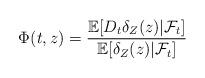
LaTeX: \begin{align*}\Phi(t,z)= \frac{\mathbb{E}[D_t\delta_Z(z)|\mathcal{F}_t]}{\mathbb{E}[\delta_Z(z)|\mathcal{F}_t]}\end{align*}